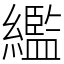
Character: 繿